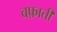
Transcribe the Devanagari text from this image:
वफ़ाती